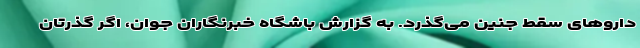
داروهای سقط جنین می‌گذرد. به گزارش باشگاه خبرنگاران جوان، اگر گذرتان